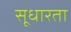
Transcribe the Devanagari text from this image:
सूधारता